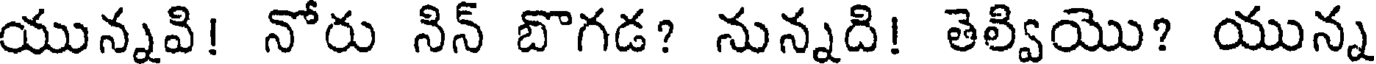
యున్నవి! నోరు నిన్ బొగడ? నున్నది! తెల్వియొ? యున్న